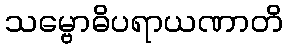
သမ္ဗောဓိပရာယဏာတိ